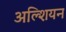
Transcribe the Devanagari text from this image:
अल्शियन